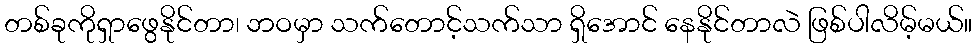
တစ်ခုကိုရှာဖွေနိုင်တာ၊ ဘဝမှာ သက်တောင့်သက်သာ ရှိအောင် နေနိုင်တာလဲ ဖြစ်ပါလိမ့်မယ်။